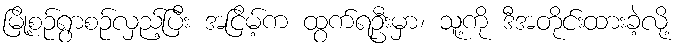
မြို့စဉ်ရွာစဉ်လှည့်ပြီး အငြိမ့်က ထွက်ရဦးမှာ၊ သူ့ကို ဒီအတိုင်းထားခဲ့လို့